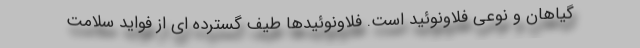
گیاهان و نوعی فلاونوئید است. فلاونوئیدها طیف گسترده ای از فواید سلامت